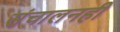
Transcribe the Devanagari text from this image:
संचालनही